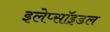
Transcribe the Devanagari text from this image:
इलेप्सॉइडल